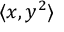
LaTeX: \langle x , y ^ { 2 } \rangle